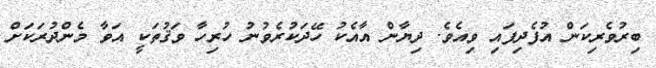
ބިރުވެރިކަން އުފެދިފައި ވިއެވެ. ދިޔާން އާއެކު ހޭދަކުރެވުނު ހުރިހާ ވަޤުތަކީ އަވާ މެންދުރަކަށް